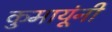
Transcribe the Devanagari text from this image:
कुमायूंनी